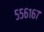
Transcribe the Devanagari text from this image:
५५६१६७